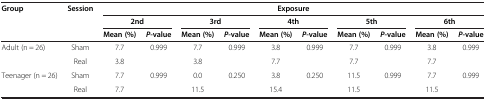
| <ROWSPAN=3> Group | <ROWSPAN=3> Session | <COLSPAN=10> Exposure |
 | <COLSPAN=2> 2nd | <COLSPAN=2> 3rd | <COLSPAN=2> 4th | <COLSPAN=2> 5th | <COLSPAN=2> 6th |
 | Mean (%) | P-value | Mean (%) | P-value | Mean (%) | P-value | Mean (%) | P-value | Mean (%) | P-value |
 | --- | --- | --- | --- | --- | --- | --- | --- | --- | --- | --- | --- |
 | <ROWSPAN=2> Adult (n = 26) | Sham | 7.7 | <ROWSPAN=2> 0.999 | 7.7 | <ROWSPAN=2> 0.999 | 3.8 | <ROWSPAN=2> 0.999 | 7.7 | <ROWSPAN=2> 0.999 | 3.8 | <ROWSPAN=2> 0.999 |
 | Real | 3.8 | 3.8 | 7.7 | 7.7 | 7.7 |
 | <ROWSPAN=2> Teenager (n = 26) | Sham | 7.7 | <ROWSPAN=2> 0.999 | 0.0 | <ROWSPAN=2> 0.250 | 3.8 | <ROWSPAN=2> 0.250 | 11.5 | <ROWSPAN=2> 0.999 | 7.7 | <ROWSPAN=2> 0.999 |
 | Real | 7.7 | 11.5 | 15.4 | 11.5 | 11.5 |